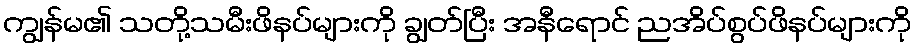
ကျွန်မ၏ သတို့သမီးဖိနပ်များကို ချွတ်ပြီး အနီရောင် ညအိပ်စွပ်ဖိနပ်များကို